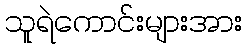
သူရဲကောင်းများအား